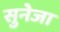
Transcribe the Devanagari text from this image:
सुनेजा